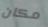
مكان